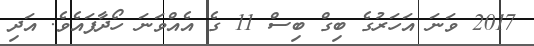
2017 ވަނަ އަހަރުގެ ބިގް ބިސް 11 ގެ އެއްވަނަ ހޯދާފައެވެ. އަދި